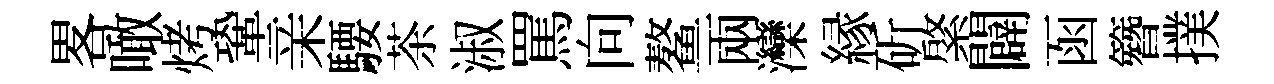
畧噉烤鞏亲騕茶淑罵向鳌兩灤縁斫綮闢函簪撲